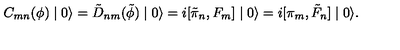
C _ { m n } ( \phi ) \mid 0 \rangle = \tilde { D } _ { n m } ( \tilde { \phi } ) \mid 0 \rangle = i [ \tilde { \pi } _ { n } , F _ { m } ] \mid 0 \rangle = i [ \pi _ { m } , \tilde { F } _ { n } ] \mid 0 \rangle .